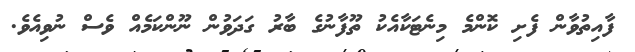
ފާއިތުވާން ފެށި ކޮންމެ މިނެޓަކާއެކު ތޫފާނުގެ ބާރު ގަދަވުން ނޫންކަމެއް ވެސް ނުވިއެވެ.